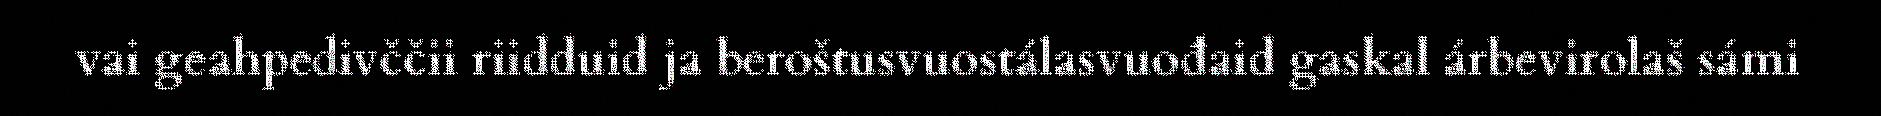
vai geahpedivččii riidduid ja beroštusvuostálasvuođaid gaskal árbevirolaš sámi